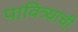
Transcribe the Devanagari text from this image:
पावित्र्याची